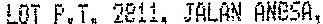
LOT P.T. 2811, JALAN ANGSA,